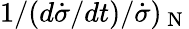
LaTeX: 1/(d\dot{\sigma}/dt)/\dot{\sigma})_{\mathrm{~N~}}